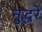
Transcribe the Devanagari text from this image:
नुद्धरे